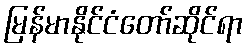
မြန်မာနိုင်ငံတော်ဆိုင်ရာ